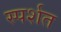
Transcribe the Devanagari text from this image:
स्पर्शत